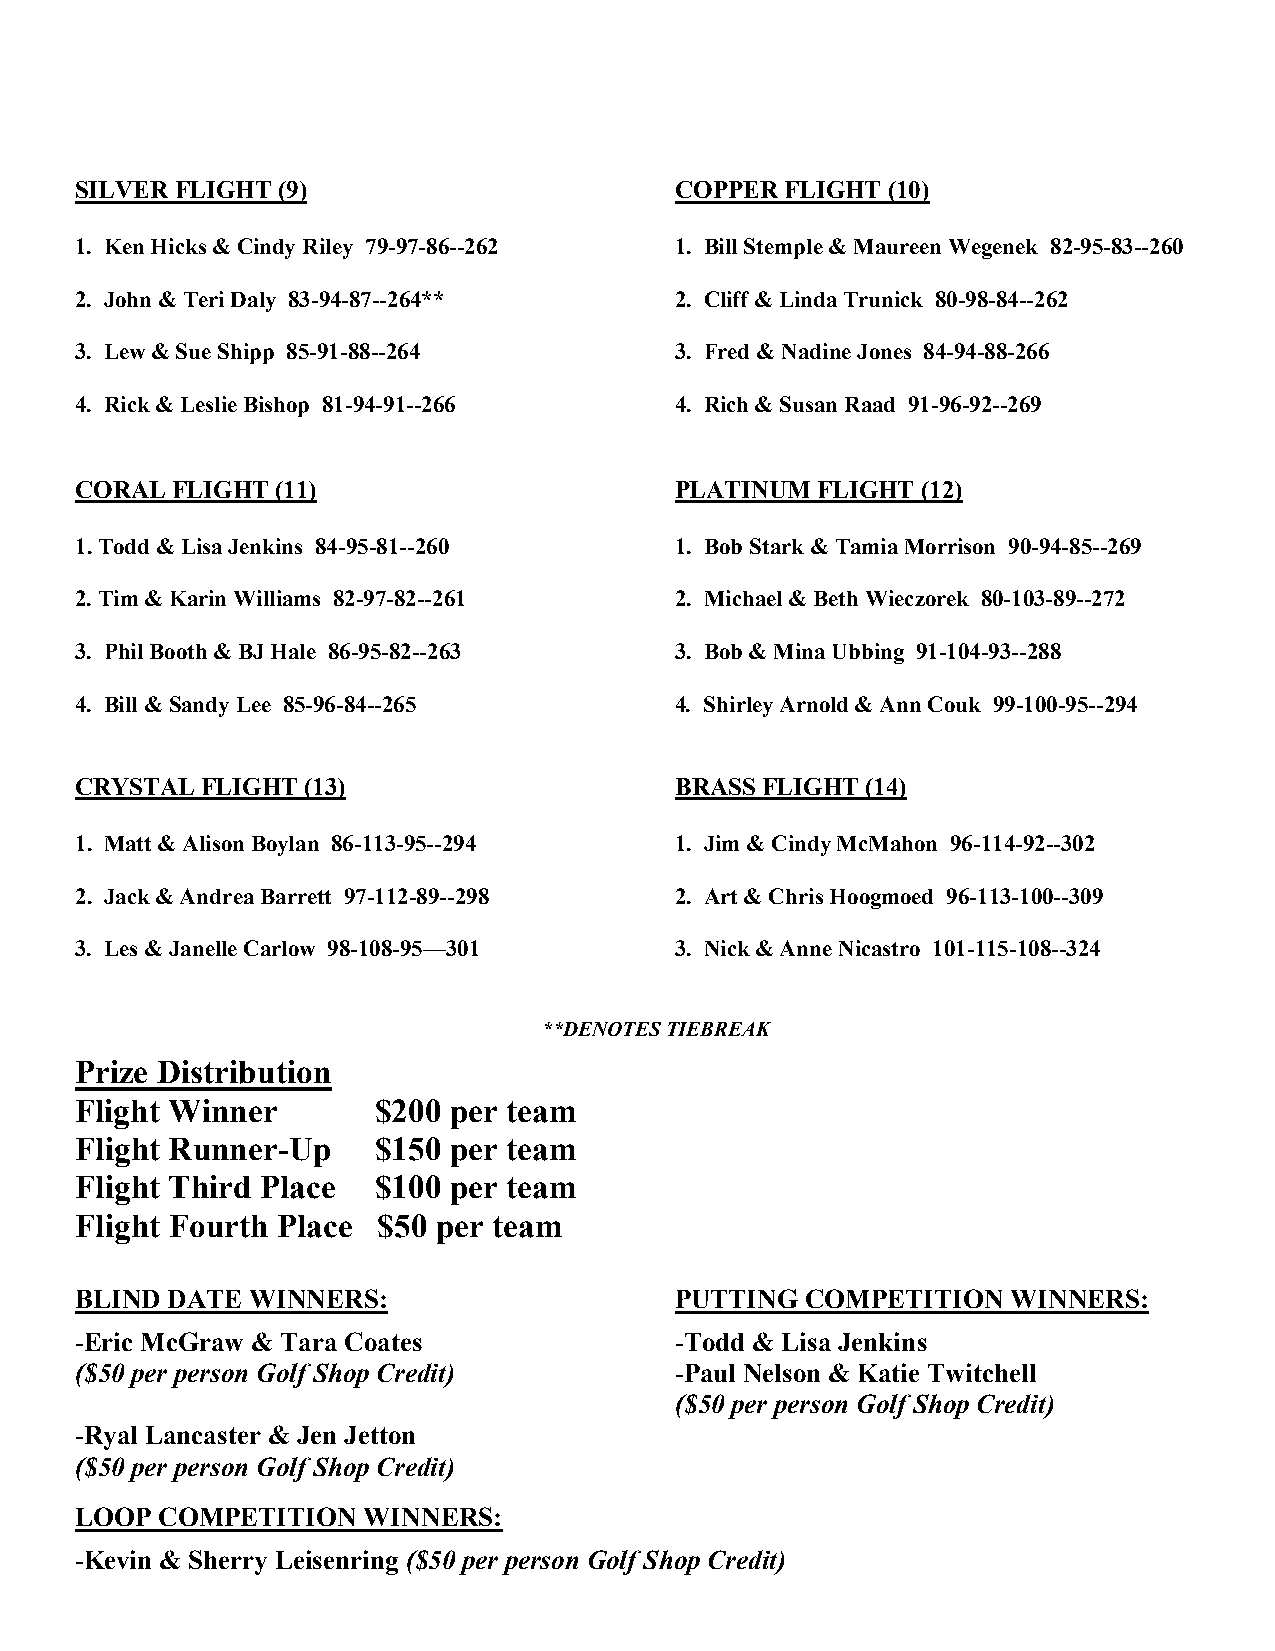
SILVER FLIGHT (9)                       COPPER FLIGHT (10)
 1. Ken Hicks & Cindy Riley 79-97-86--262 1. Bill Stemple & Maureen Wegenek 82-95-83--260
 2. John & Teri Daly 83-94-87--264**     2. Cliff & Linda Trunick 80-98-84--262
 3. Lew & Sue Shipp 85-91-88--264        3. Fred & Nadine Jones 84-94-88-266
 4. Rick & Leslie Bishop 81-94-91--266   4. Rich & Susan Raad 91-96-92--269
 CORAL FLIGHT (11)                       PLATINUM FLIGHT (12)
 1. Todd & Lisa Jenkins 84-95-81--260    1. Bob Stark & Tamia Morrison 90-94-85--269
 2. Tim & Karin Williams 82-97-82--261   2. Michael & Beth Wieczorek 80-103-89--272
 3. Phil Booth & BJ Hale 86-95-82--263   3. Bob & Mina Ubbing 91-104-93--288
 4. Bill & Sandy Lee 85-96-84--265       4. Shirley Arnold & Ann Couk 99-100-95--294
 CRYSTAL FLIGHT (13)                     BRASS FLIGHT (14)
 1. Matt & Alison Boylan 86-113-95--294  1. Jim & Cindy McMahon 96-114-92--302
 2. Jack & Andrea Barrett 97-112-89--298 2. Art & Chris Hoogmoed 96-113-100--309
 3. Les & Janelle Carlow 98-108-95—301   3. Nick & Anne Nicastro 101-115-108--324
 **DENOTES TIEBREAK
 Prize Distribution
 Flight Winner       $200 per team
 Flight Runner-Up    $150 per team
 Flight Third Place  $100 per team
 Flight Fourth Place $50 per team
 BLIND DATE  WINNERS:                    PUTTING COMPETITION   WINNERS:
 -Eric McGraw & Tara Coates              -Todd & Lisa Jenkins
 ($50 per person Golf Shop Credit)       -Paul Nelson & Katie Twitchell
 ($50 per person Golf Shop Credit)
 -Ryal Lancaster & Jen Jetton
 ($50 per person Golf Shop Credit)
 LOOP COMPETITION   WINNERS:
 -Kevin & Sherry Leisenring ($50 per person Golf Shop Credit)